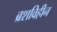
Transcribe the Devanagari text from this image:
ब्रशविहीन